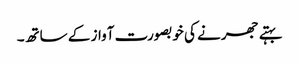
بہتے جھرنے کی خوبصورت آواز کے ساتھ۔